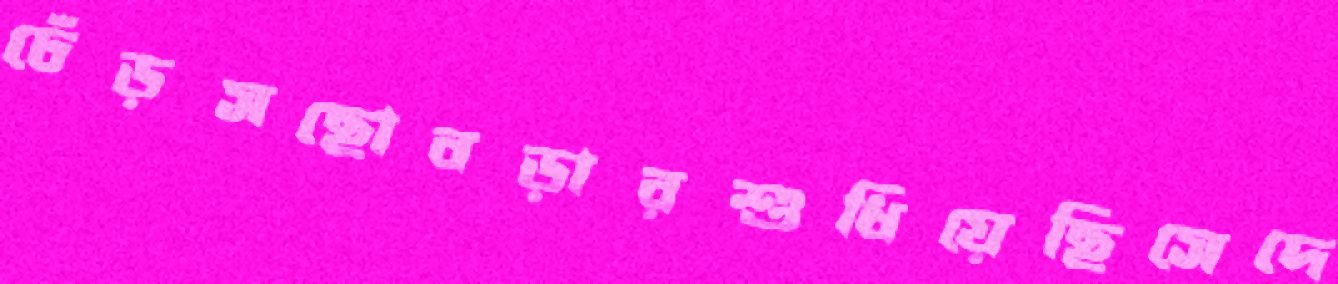
ঢেঁড়সছোবড়ারশুধিয়েছিসেদে